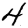
Digit: 4